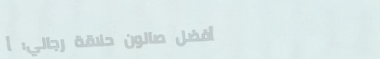
أفضل صالون حلاقة رجالي: أ